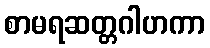
စာမရဆတ္တဂါဟကာ